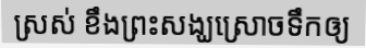
ស្រស់ ខឹងព្រះសង្ឃស្រោចទឹកឲ្យ